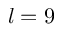
l = 9